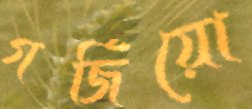
গর্জিয়ো